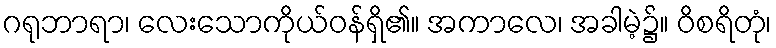
ဂရုဘာရာ၊ လေးသောကိုယ်ဝန်ရှိ၏။ အကာလေ၊ အခါမဲ့၌။ ဝိစရိတုံ၊